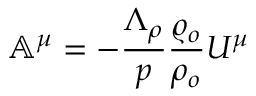
\mathbb { A } ^ { \mu } = - \frac { \Lambda _ { \rho } } { p } \frac { \varrho _ { o } } { \rho _ { o } } U ^ { \mu }